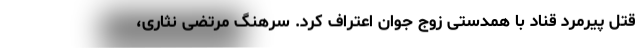
قتل پیرمرد قناد با همدستی زوج جوان اعتراف کرد. سرهنگ مرتضی نثاری،